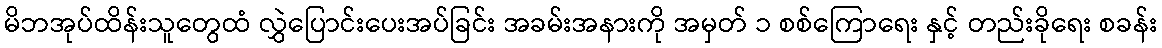
မိဘအုပ်ထိန်းသူတွေထံ လွှဲပြောင်းပေးအပ်ခြင်း အခမ်းအနားကို အမှတ် ၁ စစ်ကြောရေး နှင့် တည်းခိုရေး စခန်း